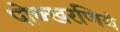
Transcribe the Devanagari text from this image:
पोक्खरणियं